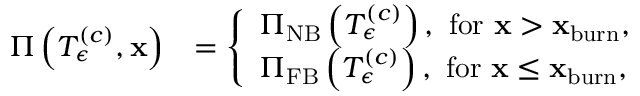
\begin{array} { r l } { \Pi \left( T _ { \epsilon } ^ { \left( c \right) } , \mathbf { x } \right) } & { = \left\{ \begin{array} { l l } { \Pi _ { \mathrm { N B } } \left( T _ { \epsilon } ^ { \left( c \right) } \right) , \mathrm { ~ f o r ~ } \mathbf { x } > \mathbf { x } _ { \mathrm { b u r n } } , } \\ { \Pi _ { \mathrm { F B } } \left( T _ { \epsilon } ^ { \left( c \right) } \right) , \mathrm { ~ f o r ~ } \mathbf { x } \le \mathbf { x } _ { \mathrm { b u r n } } , } \end{array} \right. } \end{array}